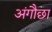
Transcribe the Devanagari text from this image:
अंगौछा